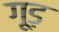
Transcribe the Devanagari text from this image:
गूड़